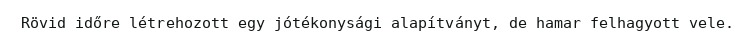
Rövid időre létrehozott egy jótékonysági alapítványt, de hamar felhagyott vele.